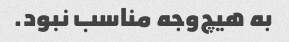
به هیچ‌وجه مناسب نبود.